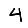
Digit: 4